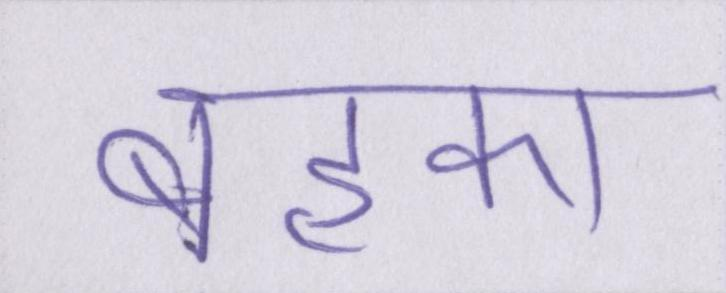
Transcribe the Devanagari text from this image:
बहका